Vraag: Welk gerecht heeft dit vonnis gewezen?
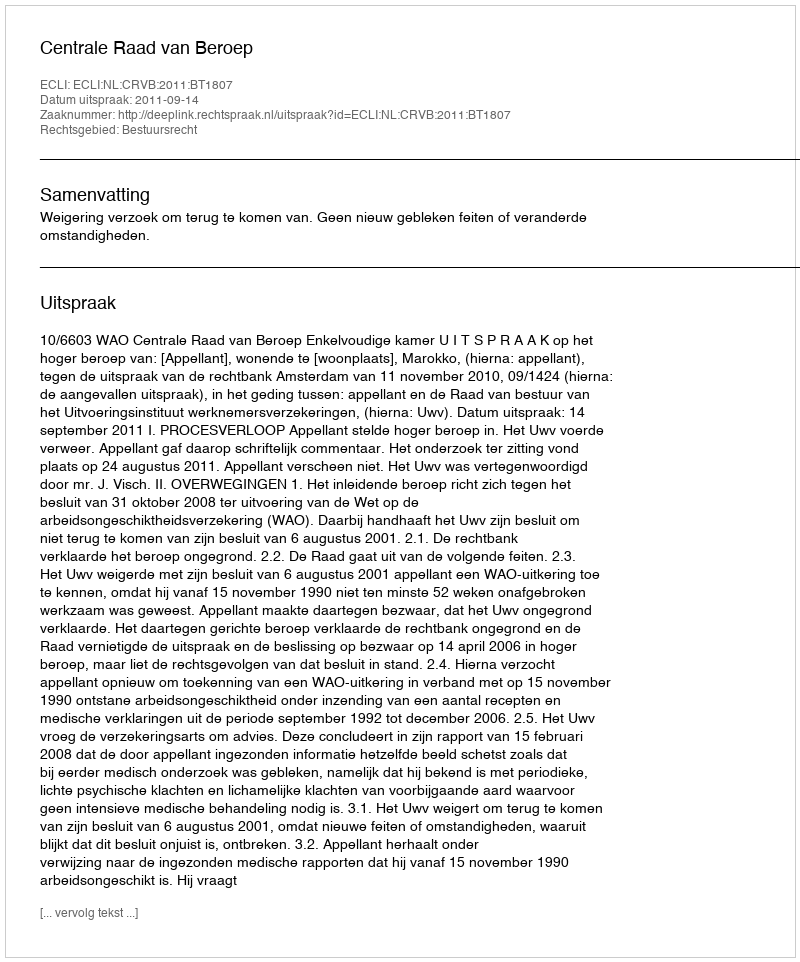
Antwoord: Centrale Raad van Beroep